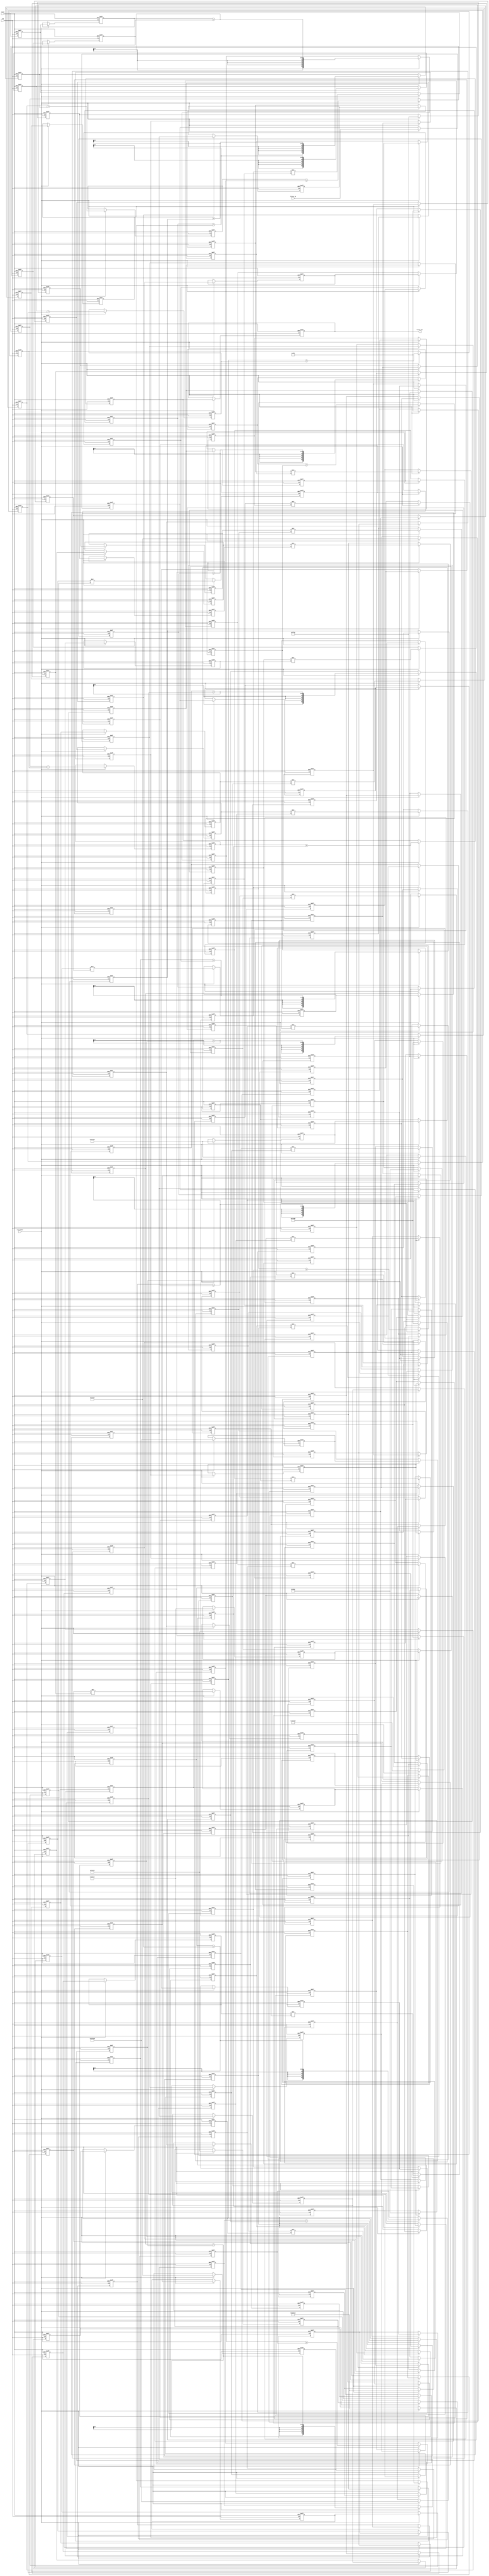
// -------------------------------------------------------------
//
// Module: fir_20_24b_2p
// Generated by MATLAB(R) 9.12 and Filter Design HDL Coder 3.1.11.
// Generated on: 2023-06-21 23:48:36
// -------------------------------------------------------------

// -------------------------------------------------------------
// HDL Code Generation Options:
//
// FIRAdderStyle: tree
// MultiplierInputPipeline: 2
// MultiplierOutputPipeline: 2
// OptimizeForHDL: on
// TargetDirectory: W:\Nikos\UTh\ \Project\FIR_20_Order\multiplier_2_pipeline\24b_fixed_point
// AddPipelineRegisters: on
// Name: fir_20_24b_2p
// InputDataType: numerictype(1,24,0)
// TargetLanguage: Verilog
// TestBenchName: fir_20_24b_2p_tb
// TestBenchStimulus: impulse step ramp chirp noise 

// Filter Specifications:
//
// Sample Rate     : 46 kHz
// Response        : Lowpass
// Specification   : N,Fp,Fst,Ap
// Stopband Edge   : 9.6 kHz
// Filter Order    : 20
// Passband Edge   : 8 kHz
// Passband Ripple : 60 dB
// -------------------------------------------------------------

// -------------------------------------------------------------
// HDL Implementation    : Fully parallel
// Folding Factor        : 1
// -------------------------------------------------------------
// Filter Settings:
//
// Discrete-Time FIR Filter (real)
// -------------------------------
// Filter Structure  : Direct-Form FIR
// Filter Length     : 21
// Stable            : Yes
// Linear Phase      : Yes (Type 1)
// Arithmetic        : fixed
// Numerator         : s24,24 -> [-5.000000e-01 5.000000e-01)
// -------------------------------------------------------------




`timescale 1 ns / 1 ns

module fir_20_24b_2p
               (
                clk,
                clk_enable,
                reset,
                filter_in,
                filter_out
                );

  input   clk; 
  input   clk_enable; 
  input   reset; 
  input   signed [23:0] filter_in; //sfix24
  output  signed [52:0] filter_out; //sfix53_En24

////////////////////////////////////////////////////////////////
//Module Architecture: fir_20_24b_2p
////////////////////////////////////////////////////////////////
  // Local Functions
  // Type Definitions
  // Constants
  parameter signed [23:0] coeff1 = 24'b000000000000011001010011; //sfix24_En24
  parameter signed [23:0] coeff2 = 24'b000000000011100000111110; //sfix24_En24
  parameter signed [23:0] coeff3 = 24'b000000001111111100011101; //sfix24_En24
  parameter signed [23:0] coeff4 = 24'b000000110010011111100000; //sfix24_En24
  parameter signed [23:0] coeff5 = 24'b000001111100110100001011; //sfix24_En24
  parameter signed [23:0] coeff6 = 24'b000011111110110000011001; //sfix24_En24
  parameter signed [23:0] coeff7 = 24'b000110111011011100011110; //sfix24_En24
  parameter signed [23:0] coeff8 = 24'b001010011111101000001101; //sfix24_En24
  parameter signed [23:0] coeff9 = 24'b001110000000011111001100; //sfix24_En24
  parameter signed [23:0] coeff10 = 24'b010000100111000000010111; //sfix24_En24
  parameter signed [23:0] coeff11 = 24'b010001100100100110010110; //sfix24_En24
  parameter signed [23:0] coeff12 = 24'b010000100111000000010111; //sfix24_En24
  parameter signed [23:0] coeff13 = 24'b001110000000011111001100; //sfix24_En24
  parameter signed [23:0] coeff14 = 24'b001010011111101000001101; //sfix24_En24
  parameter signed [23:0] coeff15 = 24'b000110111011011100011110; //sfix24_En24
  parameter signed [23:0] coeff16 = 24'b000011111110110000011001; //sfix24_En24
  parameter signed [23:0] coeff17 = 24'b000001111100110100001011; //sfix24_En24
  parameter signed [23:0] coeff18 = 24'b000000110010011111100000; //sfix24_En24
  parameter signed [23:0] coeff19 = 24'b000000001111111100011101; //sfix24_En24
  parameter signed [23:0] coeff20 = 24'b000000000011100000111110; //sfix24_En24
  parameter signed [23:0] coeff21 = 24'b000000000000011001010011; //sfix24_En24

  // Signals
  reg  signed [23:0] delay_pipeline [0:20] ; // sfix24
  wire signed [47:0] product21; // sfix48_En24
  reg  signed [23:0] delay_pipeline_20_under_pipe; // sfix24
  reg  signed [23:0] delay_pipeline_20_under_pipe_1; // sfix24
  reg  signed [23:0] coeff21_pipe; // sfix24_En24
  reg  signed [23:0] coeff21_pipe_1; // sfix24_En24
  reg  signed [47:0] product21_pipe; // sfix48_En24
  reg  signed [47:0] product21_pipe_1; // sfix48_En24
  wire signed [47:0] product20; // sfix48_En24
  reg  signed [23:0] delay_pipeline_19_under_pipe; // sfix24
  reg  signed [23:0] delay_pipeline_19_under_pipe_1; // sfix24
  reg  signed [23:0] coeff20_pipe; // sfix24_En24
  reg  signed [23:0] coeff20_pipe_1; // sfix24_En24
  reg  signed [47:0] product20_pipe; // sfix48_En24
  reg  signed [47:0] product20_pipe_1; // sfix48_En24
  wire signed [47:0] product19; // sfix48_En24
  reg  signed [23:0] delay_pipeline_18_under_pipe; // sfix24
  reg  signed [23:0] delay_pipeline_18_under_pipe_1; // sfix24
  reg  signed [23:0] coeff19_pipe; // sfix24_En24
  reg  signed [23:0] coeff19_pipe_1; // sfix24_En24
  reg  signed [47:0] product19_pipe; // sfix48_En24
  reg  signed [47:0] product19_pipe_1; // sfix48_En24
  wire signed [47:0] product18; // sfix48_En24
  reg  signed [23:0] delay_pipeline_17_under_pipe; // sfix24
  reg  signed [23:0] delay_pipeline_17_under_pipe_1; // sfix24
  reg  signed [23:0] coeff18_pipe; // sfix24_En24
  reg  signed [23:0] coeff18_pipe_1; // sfix24_En24
  reg  signed [47:0] product18_pipe; // sfix48_En24
  reg  signed [47:0] product18_pipe_1; // sfix48_En24
  wire signed [47:0] product17; // sfix48_En24
  reg  signed [23:0] delay_pipeline_16_under_pipe; // sfix24
  reg  signed [23:0] delay_pipeline_16_under_pipe_1; // sfix24
  reg  signed [23:0] coeff17_pipe; // sfix24_En24
  reg  signed [23:0] coeff17_pipe_1; // sfix24_En24
  reg  signed [47:0] product17_pipe; // sfix48_En24
  reg  signed [47:0] product17_pipe_1; // sfix48_En24
  wire signed [47:0] product16; // sfix48_En24
  reg  signed [23:0] delay_pipeline_15_under_pipe; // sfix24
  reg  signed [23:0] delay_pipeline_15_under_pipe_1; // sfix24
  reg  signed [23:0] coeff16_pipe; // sfix24_En24
  reg  signed [23:0] coeff16_pipe_1; // sfix24_En24
  reg  signed [47:0] product16_pipe; // sfix48_En24
  reg  signed [47:0] product16_pipe_1; // sfix48_En24
  wire signed [47:0] product15; // sfix48_En24
  reg  signed [23:0] delay_pipeline_14_under_pipe; // sfix24
  reg  signed [23:0] delay_pipeline_14_under_pipe_1; // sfix24
  reg  signed [23:0] coeff15_pipe; // sfix24_En24
  reg  signed [23:0] coeff15_pipe_1; // sfix24_En24
  reg  signed [47:0] product15_pipe; // sfix48_En24
  reg  signed [47:0] product15_pipe_1; // sfix48_En24
  wire signed [47:0] product14; // sfix48_En24
  reg  signed [23:0] delay_pipeline_13_under_pipe; // sfix24
  reg  signed [23:0] delay_pipeline_13_under_pipe_1; // sfix24
  reg  signed [23:0] coeff14_pipe; // sfix24_En24
  reg  signed [23:0] coeff14_pipe_1; // sfix24_En24
  reg  signed [47:0] product14_pipe; // sfix48_En24
  reg  signed [47:0] product14_pipe_1; // sfix48_En24
  wire signed [47:0] product13; // sfix48_En24
  reg  signed [23:0] delay_pipeline_12_under_pipe; // sfix24
  reg  signed [23:0] delay_pipeline_12_under_pipe_1; // sfix24
  reg  signed [23:0] coeff13_pipe; // sfix24_En24
  reg  signed [23:0] coeff13_pipe_1; // sfix24_En24
  reg  signed [47:0] product13_pipe; // sfix48_En24
  reg  signed [47:0] product13_pipe_1; // sfix48_En24
  wire signed [47:0] product12; // sfix48_En24
  reg  signed [23:0] delay_pipeline_11_under_pipe; // sfix24
  reg  signed [23:0] delay_pipeline_11_under_pipe_1; // sfix24
  reg  signed [23:0] coeff12_pipe; // sfix24_En24
  reg  signed [23:0] coeff12_pipe_1; // sfix24_En24
  reg  signed [47:0] product12_pipe; // sfix48_En24
  reg  signed [47:0] product12_pipe_1; // sfix48_En24
  wire signed [47:0] product11; // sfix48_En24
  reg  signed [23:0] delay_pipeline_10_under_pipe; // sfix24
  reg  signed [23:0] delay_pipeline_10_under_pipe_1; // sfix24
  reg  signed [23:0] coeff11_pipe; // sfix24_En24
  reg  signed [23:0] coeff11_pipe_1; // sfix24_En24
  reg  signed [47:0] product11_pipe; // sfix48_En24
  reg  signed [47:0] product11_pipe_1; // sfix48_En24
  wire signed [47:0] product10; // sfix48_En24
  reg  signed [23:0] delay_pipeline_9_under_pipe; // sfix24
  reg  signed [23:0] delay_pipeline_9_under_pipe_1; // sfix24
  reg  signed [23:0] coeff10_pipe; // sfix24_En24
  reg  signed [23:0] coeff10_pipe_1; // sfix24_En24
  reg  signed [47:0] product10_pipe; // sfix48_En24
  reg  signed [47:0] product10_pipe_1; // sfix48_En24
  wire signed [47:0] product9; // sfix48_En24
  reg  signed [23:0] delay_pipeline_8_under_pipe; // sfix24
  reg  signed [23:0] delay_pipeline_8_under_pipe_1; // sfix24
  reg  signed [23:0] coeff9_pipe; // sfix24_En24
  reg  signed [23:0] coeff9_pipe_1; // sfix24_En24
  reg  signed [47:0] product9_pipe; // sfix48_En24
  reg  signed [47:0] product9_pipe_1; // sfix48_En24
  wire signed [47:0] product8; // sfix48_En24
  reg  signed [23:0] delay_pipeline_7_under_pipe; // sfix24
  reg  signed [23:0] delay_pipeline_7_under_pipe_1; // sfix24
  reg  signed [23:0] coeff8_pipe; // sfix24_En24
  reg  signed [23:0] coeff8_pipe_1; // sfix24_En24
  reg  signed [47:0] product8_pipe; // sfix48_En24
  reg  signed [47:0] product8_pipe_1; // sfix48_En24
  wire signed [47:0] product7; // sfix48_En24
  reg  signed [23:0] delay_pipeline_6_under_pipe; // sfix24
  reg  signed [23:0] delay_pipeline_6_under_pipe_1; // sfix24
  reg  signed [23:0] coeff7_pipe; // sfix24_En24
  reg  signed [23:0] coeff7_pipe_1; // sfix24_En24
  reg  signed [47:0] product7_pipe; // sfix48_En24
  reg  signed [47:0] product7_pipe_1; // sfix48_En24
  wire signed [47:0] product6; // sfix48_En24
  reg  signed [23:0] delay_pipeline_5_under_pipe; // sfix24
  reg  signed [23:0] delay_pipeline_5_under_pipe_1; // sfix24
  reg  signed [23:0] coeff6_pipe; // sfix24_En24
  reg  signed [23:0] coeff6_pipe_1; // sfix24_En24
  reg  signed [47:0] product6_pipe; // sfix48_En24
  reg  signed [47:0] product6_pipe_1; // sfix48_En24
  wire signed [47:0] product5; // sfix48_En24
  reg  signed [23:0] delay_pipeline_4_under_pipe; // sfix24
  reg  signed [23:0] delay_pipeline_4_under_pipe_1; // sfix24
  reg  signed [23:0] coeff5_pipe; // sfix24_En24
  reg  signed [23:0] coeff5_pipe_1; // sfix24_En24
  reg  signed [47:0] product5_pipe; // sfix48_En24
  reg  signed [47:0] product5_pipe_1; // sfix48_En24
  wire signed [47:0] product4; // sfix48_En24
  reg  signed [23:0] delay_pipeline_3_under_pipe; // sfix24
  reg  signed [23:0] delay_pipeline_3_under_pipe_1; // sfix24
  reg  signed [23:0] coeff4_pipe; // sfix24_En24
  reg  signed [23:0] coeff4_pipe_1; // sfix24_En24
  reg  signed [47:0] product4_pipe; // sfix48_En24
  reg  signed [47:0] product4_pipe_1; // sfix48_En24
  wire signed [47:0] product3; // sfix48_En24
  reg  signed [23:0] delay_pipeline_2_under_pipe; // sfix24
  reg  signed [23:0] delay_pipeline_2_under_pipe_1; // sfix24
  reg  signed [23:0] coeff3_pipe; // sfix24_En24
  reg  signed [23:0] coeff3_pipe_1; // sfix24_En24
  reg  signed [47:0] product3_pipe; // sfix48_En24
  reg  signed [47:0] product3_pipe_1; // sfix48_En24
  wire signed [47:0] product2; // sfix48_En24
  reg  signed [23:0] delay_pipeline_1_under_pipe; // sfix24
  reg  signed [23:0] delay_pipeline_1_under_pipe_1; // sfix24
  reg  signed [23:0] coeff2_pipe; // sfix24_En24
  reg  signed [23:0] coeff2_pipe_1; // sfix24_En24
  reg  signed [47:0] product2_pipe; // sfix48_En24
  reg  signed [47:0] product2_pipe_1; // sfix48_En24
  wire signed [47:0] product1; // sfix48_En24
  reg  signed [23:0] delay_pipeline_0_under_pipe; // sfix24
  reg  signed [23:0] delay_pipeline_0_under_pipe_1; // sfix24
  reg  signed [23:0] coeff1_pipe; // sfix24_En24
  reg  signed [23:0] coeff1_pipe_1; // sfix24_En24
  reg  signed [47:0] product1_pipe; // sfix48_En24
  reg  signed [47:0] product1_pipe_1; // sfix48_En24
  wire signed [52:0] sum_final; // sfix53_En24
  wire signed [52:0] sum1_1; // sfix53_En24
  wire signed [47:0] add_signext; // sfix48_En24
  wire signed [47:0] add_signext_1; // sfix48_En24
  wire signed [48:0] add_temp; // sfix49_En24
  reg  signed [52:0] sumpipe1_1; // sfix53_En24
  wire signed [52:0] sum1_2; // sfix53_En24
  wire signed [47:0] add_signext_2; // sfix48_En24
  wire signed [47:0] add_signext_3; // sfix48_En24
  wire signed [48:0] add_temp_1; // sfix49_En24
  reg  signed [52:0] sumpipe1_2; // sfix53_En24
  wire signed [52:0] sum1_3; // sfix53_En24
  wire signed [47:0] add_signext_4; // sfix48_En24
  wire signed [47:0] add_signext_5; // sfix48_En24
  wire signed [48:0] add_temp_2; // sfix49_En24
  reg  signed [52:0] sumpipe1_3; // sfix53_En24
  wire signed [52:0] sum1_4; // sfix53_En24
  wire signed [47:0] add_signext_6; // sfix48_En24
  wire signed [47:0] add_signext_7; // sfix48_En24
  wire signed [48:0] add_temp_3; // sfix49_En24
  reg  signed [52:0] sumpipe1_4; // sfix53_En24
  wire signed [52:0] sum1_5; // sfix53_En24
  wire signed [47:0] add_signext_8; // sfix48_En24
  wire signed [47:0] add_signext_9; // sfix48_En24
  wire signed [48:0] add_temp_4; // sfix49_En24
  reg  signed [52:0] sumpipe1_5; // sfix53_En24
  wire signed [52:0] sum1_6; // sfix53_En24
  wire signed [47:0] add_signext_10; // sfix48_En24
  wire signed [47:0] add_signext_11; // sfix48_En24
  wire signed [48:0] add_temp_5; // sfix49_En24
  reg  signed [52:0] sumpipe1_6; // sfix53_En24
  wire signed [52:0] sum1_7; // sfix53_En24
  wire signed [47:0] add_signext_12; // sfix48_En24
  wire signed [47:0] add_signext_13; // sfix48_En24
  wire signed [48:0] add_temp_6; // sfix49_En24
  reg  signed [52:0] sumpipe1_7; // sfix53_En24
  wire signed [52:0] sum1_8; // sfix53_En24
  wire signed [47:0] add_signext_14; // sfix48_En24
  wire signed [47:0] add_signext_15; // sfix48_En24
  wire signed [48:0] add_temp_7; // sfix49_En24
  reg  signed [52:0] sumpipe1_8; // sfix53_En24
  wire signed [52:0] sum1_9; // sfix53_En24
  wire signed [47:0] add_signext_16; // sfix48_En24
  wire signed [47:0] add_signext_17; // sfix48_En24
  wire signed [48:0] add_temp_8; // sfix49_En24
  reg  signed [52:0] sumpipe1_9; // sfix53_En24
  wire signed [52:0] sum1_10; // sfix53_En24
  wire signed [47:0] add_signext_18; // sfix48_En24
  wire signed [47:0] add_signext_19; // sfix48_En24
  wire signed [48:0] add_temp_9; // sfix49_En24
  reg  signed [52:0] sumpipe1_10; // sfix53_En24
  reg  signed [47:0] sumpipe1_11; // sfix48_En24
  wire signed [52:0] sum2_1; // sfix53_En24
  wire signed [52:0] add_signext_20; // sfix53_En24
  wire signed [52:0] add_signext_21; // sfix53_En24
  wire signed [53:0] add_temp_10; // sfix54_En24
  reg  signed [52:0] sumpipe2_1; // sfix53_En24
  wire signed [52:0] sum2_2; // sfix53_En24
  wire signed [52:0] add_signext_22; // sfix53_En24
  wire signed [52:0] add_signext_23; // sfix53_En24
  wire signed [53:0] add_temp_11; // sfix54_En24
  reg  signed [52:0] sumpipe2_2; // sfix53_En24
  wire signed [52:0] sum2_3; // sfix53_En24
  wire signed [52:0] add_signext_24; // sfix53_En24
  wire signed [52:0] add_signext_25; // sfix53_En24
  wire signed [53:0] add_temp_12; // sfix54_En24
  reg  signed [52:0] sumpipe2_3; // sfix53_En24
  wire signed [52:0] sum2_4; // sfix53_En24
  wire signed [52:0] add_signext_26; // sfix53_En24
  wire signed [52:0] add_signext_27; // sfix53_En24
  wire signed [53:0] add_temp_13; // sfix54_En24
  reg  signed [52:0] sumpipe2_4; // sfix53_En24
  wire signed [52:0] sum2_5; // sfix53_En24
  wire signed [52:0] add_signext_28; // sfix53_En24
  wire signed [52:0] add_signext_29; // sfix53_En24
  wire signed [53:0] add_temp_14; // sfix54_En24
  reg  signed [52:0] sumpipe2_5; // sfix53_En24
  reg  signed [47:0] sumpipe2_6; // sfix48_En24
  wire signed [52:0] sum3_1; // sfix53_En24
  wire signed [52:0] add_signext_30; // sfix53_En24
  wire signed [52:0] add_signext_31; // sfix53_En24
  wire signed [53:0] add_temp_15; // sfix54_En24
  reg  signed [52:0] sumpipe3_1; // sfix53_En24
  wire signed [52:0] sum3_2; // sfix53_En24
  wire signed [52:0] add_signext_32; // sfix53_En24
  wire signed [52:0] add_signext_33; // sfix53_En24
  wire signed [53:0] add_temp_16; // sfix54_En24
  reg  signed [52:0] sumpipe3_2; // sfix53_En24
  wire signed [52:0] sum3_3; // sfix53_En24
  wire signed [52:0] add_signext_34; // sfix53_En24
  wire signed [52:0] add_signext_35; // sfix53_En24
  wire signed [53:0] add_temp_17; // sfix54_En24
  reg  signed [52:0] sumpipe3_3; // sfix53_En24
  wire signed [52:0] sum4_1; // sfix53_En24
  wire signed [52:0] add_signext_36; // sfix53_En24
  wire signed [52:0] add_signext_37; // sfix53_En24
  wire signed [53:0] add_temp_18; // sfix54_En24
  reg  signed [52:0] sumpipe4_1; // sfix53_En24
  reg  signed [52:0] sumpipe4_2; // sfix53_En24
  wire signed [52:0] sum5_1; // sfix53_En24
  wire signed [52:0] add_signext_38; // sfix53_En24
  wire signed [52:0] add_signext_39; // sfix53_En24
  wire signed [53:0] add_temp_19; // sfix54_En24
  reg  signed [52:0] sumpipe5_1; // sfix53_En24
  reg  signed [52:0] output_register; // sfix53_En24

  // Block Statements
  always @( posedge clk or posedge reset)
    begin: Delay_Pipeline_process
      if (reset == 1'b1) begin
        delay_pipeline[0] <= 0;
        delay_pipeline[1] <= 0;
        delay_pipeline[2] <= 0;
        delay_pipeline[3] <= 0;
        delay_pipeline[4] <= 0;
        delay_pipeline[5] <= 0;
        delay_pipeline[6] <= 0;
        delay_pipeline[7] <= 0;
        delay_pipeline[8] <= 0;
        delay_pipeline[9] <= 0;
        delay_pipeline[10] <= 0;
        delay_pipeline[11] <= 0;
        delay_pipeline[12] <= 0;
        delay_pipeline[13] <= 0;
        delay_pipeline[14] <= 0;
        delay_pipeline[15] <= 0;
        delay_pipeline[16] <= 0;
        delay_pipeline[17] <= 0;
        delay_pipeline[18] <= 0;
        delay_pipeline[19] <= 0;
        delay_pipeline[20] <= 0;
      end
      else begin
        if (clk_enable == 1'b1) begin
          delay_pipeline[0] <= filter_in;
          delay_pipeline[1] <= delay_pipeline[0];
          delay_pipeline[2] <= delay_pipeline[1];
          delay_pipeline[3] <= delay_pipeline[2];
          delay_pipeline[4] <= delay_pipeline[3];
          delay_pipeline[5] <= delay_pipeline[4];
          delay_pipeline[6] <= delay_pipeline[5];
          delay_pipeline[7] <= delay_pipeline[6];
          delay_pipeline[8] <= delay_pipeline[7];
          delay_pipeline[9] <= delay_pipeline[8];
          delay_pipeline[10] <= delay_pipeline[9];
          delay_pipeline[11] <= delay_pipeline[10];
          delay_pipeline[12] <= delay_pipeline[11];
          delay_pipeline[13] <= delay_pipeline[12];
          delay_pipeline[14] <= delay_pipeline[13];
          delay_pipeline[15] <= delay_pipeline[14];
          delay_pipeline[16] <= delay_pipeline[15];
          delay_pipeline[17] <= delay_pipeline[16];
          delay_pipeline[18] <= delay_pipeline[17];
          delay_pipeline[19] <= delay_pipeline[18];
          delay_pipeline[20] <= delay_pipeline[19];
        end
      end
    end // Delay_Pipeline_process


  always @ (posedge clk or posedge reset)
    begin: temp_process1
      if (reset == 1'b1) begin
        delay_pipeline_20_under_pipe <= 0;
        delay_pipeline_20_under_pipe_1 <= 0;
        coeff21_pipe <= 0;
        coeff21_pipe_1 <= 0;
        product21_pipe <= 0;
        product21_pipe_1 <= 0;
      end
      else begin
        if (clk_enable == 1'b1) begin
          delay_pipeline_20_under_pipe <= delay_pipeline[20];
          delay_pipeline_20_under_pipe_1 <= delay_pipeline_20_under_pipe;
          coeff21_pipe <= coeff21;
          coeff21_pipe_1 <= coeff21_pipe;

          product21_pipe <= delay_pipeline_20_under_pipe_1 * coeff21_pipe_1;

          product21_pipe_1 <= product21_pipe;
        end
      end
    end // temp_process1

  assign product21 = product21_pipe_1;

  always @ (posedge clk or posedge reset)
    begin: temp_process2
      if (reset == 1'b1) begin
        delay_pipeline_19_under_pipe <= 0;
        delay_pipeline_19_under_pipe_1 <= 0;
        coeff20_pipe <= 0;
        coeff20_pipe_1 <= 0;
        product20_pipe <= 0;
        product20_pipe_1 <= 0;
      end
      else begin
        if (clk_enable == 1'b1) begin
          delay_pipeline_19_under_pipe <= delay_pipeline[19];
          delay_pipeline_19_under_pipe_1 <= delay_pipeline_19_under_pipe;
          coeff20_pipe <= coeff20;
          coeff20_pipe_1 <= coeff20_pipe;

          product20_pipe <= delay_pipeline_19_under_pipe_1 * coeff20_pipe_1;

          product20_pipe_1 <= product20_pipe;
        end
      end
    end // temp_process2

  assign product20 = product20_pipe_1;

  always @ (posedge clk or posedge reset)
    begin: temp_process3
      if (reset == 1'b1) begin
        delay_pipeline_18_under_pipe <= 0;
        delay_pipeline_18_under_pipe_1 <= 0;
        coeff19_pipe <= 0;
        coeff19_pipe_1 <= 0;
        product19_pipe <= 0;
        product19_pipe_1 <= 0;
      end
      else begin
        if (clk_enable == 1'b1) begin
          delay_pipeline_18_under_pipe <= delay_pipeline[18];
          delay_pipeline_18_under_pipe_1 <= delay_pipeline_18_under_pipe;
          coeff19_pipe <= coeff19;
          coeff19_pipe_1 <= coeff19_pipe;

          product19_pipe <= delay_pipeline_18_under_pipe_1 * coeff19_pipe_1;

          product19_pipe_1 <= product19_pipe;
        end
      end
    end // temp_process3

  assign product19 = product19_pipe_1;

  always @ (posedge clk or posedge reset)
    begin: temp_process4
      if (reset == 1'b1) begin
        delay_pipeline_17_under_pipe <= 0;
        delay_pipeline_17_under_pipe_1 <= 0;
        coeff18_pipe <= 0;
        coeff18_pipe_1 <= 0;
        product18_pipe <= 0;
        product18_pipe_1 <= 0;
      end
      else begin
        if (clk_enable == 1'b1) begin
          delay_pipeline_17_under_pipe <= delay_pipeline[17];
          delay_pipeline_17_under_pipe_1 <= delay_pipeline_17_under_pipe;
          coeff18_pipe <= coeff18;
          coeff18_pipe_1 <= coeff18_pipe;

          product18_pipe <= delay_pipeline_17_under_pipe_1 * coeff18_pipe_1;

          product18_pipe_1 <= product18_pipe;
        end
      end
    end // temp_process4

  assign product18 = product18_pipe_1;

  always @ (posedge clk or posedge reset)
    begin: temp_process5
      if (reset == 1'b1) begin
        delay_pipeline_16_under_pipe <= 0;
        delay_pipeline_16_under_pipe_1 <= 0;
        coeff17_pipe <= 0;
        coeff17_pipe_1 <= 0;
        product17_pipe <= 0;
        product17_pipe_1 <= 0;
      end
      else begin
        if (clk_enable == 1'b1) begin
          delay_pipeline_16_under_pipe <= delay_pipeline[16];
          delay_pipeline_16_under_pipe_1 <= delay_pipeline_16_under_pipe;
          coeff17_pipe <= coeff17;
          coeff17_pipe_1 <= coeff17_pipe;

          product17_pipe <= delay_pipeline_16_under_pipe_1 * coeff17_pipe_1;

          product17_pipe_1 <= product17_pipe;
        end
      end
    end // temp_process5

  assign product17 = product17_pipe_1;

  always @ (posedge clk or posedge reset)
    begin: temp_process6
      if (reset == 1'b1) begin
        delay_pipeline_15_under_pipe <= 0;
        delay_pipeline_15_under_pipe_1 <= 0;
        coeff16_pipe <= 0;
        coeff16_pipe_1 <= 0;
        product16_pipe <= 0;
        product16_pipe_1 <= 0;
      end
      else begin
        if (clk_enable == 1'b1) begin
          delay_pipeline_15_under_pipe <= delay_pipeline[15];
          delay_pipeline_15_under_pipe_1 <= delay_pipeline_15_under_pipe;
          coeff16_pipe <= coeff16;
          coeff16_pipe_1 <= coeff16_pipe;

          product16_pipe <= delay_pipeline_15_under_pipe_1 * coeff16_pipe_1;

          product16_pipe_1 <= product16_pipe;
        end
      end
    end // temp_process6

  assign product16 = product16_pipe_1;

  always @ (posedge clk or posedge reset)
    begin: temp_process7
      if (reset == 1'b1) begin
        delay_pipeline_14_under_pipe <= 0;
        delay_pipeline_14_under_pipe_1 <= 0;
        coeff15_pipe <= 0;
        coeff15_pipe_1 <= 0;
        product15_pipe <= 0;
        product15_pipe_1 <= 0;
      end
      else begin
        if (clk_enable == 1'b1) begin
          delay_pipeline_14_under_pipe <= delay_pipeline[14];
          delay_pipeline_14_under_pipe_1 <= delay_pipeline_14_under_pipe;
          coeff15_pipe <= coeff15;
          coeff15_pipe_1 <= coeff15_pipe;

          product15_pipe <= delay_pipeline_14_under_pipe_1 * coeff15_pipe_1;

          product15_pipe_1 <= product15_pipe;
        end
      end
    end // temp_process7

  assign product15 = product15_pipe_1;

  always @ (posedge clk or posedge reset)
    begin: temp_process8
      if (reset == 1'b1) begin
        delay_pipeline_13_under_pipe <= 0;
        delay_pipeline_13_under_pipe_1 <= 0;
        coeff14_pipe <= 0;
        coeff14_pipe_1 <= 0;
        product14_pipe <= 0;
        product14_pipe_1 <= 0;
      end
      else begin
        if (clk_enable == 1'b1) begin
          delay_pipeline_13_under_pipe <= delay_pipeline[13];
          delay_pipeline_13_under_pipe_1 <= delay_pipeline_13_under_pipe;
          coeff14_pipe <= coeff14;
          coeff14_pipe_1 <= coeff14_pipe;

          product14_pipe <= delay_pipeline_13_under_pipe_1 * coeff14_pipe_1;

          product14_pipe_1 <= product14_pipe;
        end
      end
    end // temp_process8

  assign product14 = product14_pipe_1;

  always @ (posedge clk or posedge reset)
    begin: temp_process9
      if (reset == 1'b1) begin
        delay_pipeline_12_under_pipe <= 0;
        delay_pipeline_12_under_pipe_1 <= 0;
        coeff13_pipe <= 0;
        coeff13_pipe_1 <= 0;
        product13_pipe <= 0;
        product13_pipe_1 <= 0;
      end
      else begin
        if (clk_enable == 1'b1) begin
          delay_pipeline_12_under_pipe <= delay_pipeline[12];
          delay_pipeline_12_under_pipe_1 <= delay_pipeline_12_under_pipe;
          coeff13_pipe <= coeff13;
          coeff13_pipe_1 <= coeff13_pipe;

          product13_pipe <= delay_pipeline_12_under_pipe_1 * coeff13_pipe_1;

          product13_pipe_1 <= product13_pipe;
        end
      end
    end // temp_process9

  assign product13 = product13_pipe_1;

  always @ (posedge clk or posedge reset)
    begin: temp_process10
      if (reset == 1'b1) begin
        delay_pipeline_11_under_pipe <= 0;
        delay_pipeline_11_under_pipe_1 <= 0;
        coeff12_pipe <= 0;
        coeff12_pipe_1 <= 0;
        product12_pipe <= 0;
        product12_pipe_1 <= 0;
      end
      else begin
        if (clk_enable == 1'b1) begin
          delay_pipeline_11_under_pipe <= delay_pipeline[11];
          delay_pipeline_11_under_pipe_1 <= delay_pipeline_11_under_pipe;
          coeff12_pipe <= coeff12;
          coeff12_pipe_1 <= coeff12_pipe;

          product12_pipe <= delay_pipeline_11_under_pipe_1 * coeff12_pipe_1;

          product12_pipe_1 <= product12_pipe;
        end
      end
    end // temp_process10

  assign product12 = product12_pipe_1;

  always @ (posedge clk or posedge reset)
    begin: temp_process11
      if (reset == 1'b1) begin
        delay_pipeline_10_under_pipe <= 0;
        delay_pipeline_10_under_pipe_1 <= 0;
        coeff11_pipe <= 0;
        coeff11_pipe_1 <= 0;
        product11_pipe <= 0;
        product11_pipe_1 <= 0;
      end
      else begin
        if (clk_enable == 1'b1) begin
          delay_pipeline_10_under_pipe <= delay_pipeline[10];
          delay_pipeline_10_under_pipe_1 <= delay_pipeline_10_under_pipe;
          coeff11_pipe <= coeff11;
          coeff11_pipe_1 <= coeff11_pipe;

          product11_pipe <= delay_pipeline_10_under_pipe_1 * coeff11_pipe_1;

          product11_pipe_1 <= product11_pipe;
        end
      end
    end // temp_process11

  assign product11 = product11_pipe_1;

  always @ (posedge clk or posedge reset)
    begin: temp_process12
      if (reset == 1'b1) begin
        delay_pipeline_9_under_pipe <= 0;
        delay_pipeline_9_under_pipe_1 <= 0;
        coeff10_pipe <= 0;
        coeff10_pipe_1 <= 0;
        product10_pipe <= 0;
        product10_pipe_1 <= 0;
      end
      else begin
        if (clk_enable == 1'b1) begin
          delay_pipeline_9_under_pipe <= delay_pipeline[9];
          delay_pipeline_9_under_pipe_1 <= delay_pipeline_9_under_pipe;
          coeff10_pipe <= coeff10;
          coeff10_pipe_1 <= coeff10_pipe;

          product10_pipe <= delay_pipeline_9_under_pipe_1 * coeff10_pipe_1;

          product10_pipe_1 <= product10_pipe;
        end
      end
    end // temp_process12

  assign product10 = product10_pipe_1;

  always @ (posedge clk or posedge reset)
    begin: temp_process13
      if (reset == 1'b1) begin
        delay_pipeline_8_under_pipe <= 0;
        delay_pipeline_8_under_pipe_1 <= 0;
        coeff9_pipe <= 0;
        coeff9_pipe_1 <= 0;
        product9_pipe <= 0;
        product9_pipe_1 <= 0;
      end
      else begin
        if (clk_enable == 1'b1) begin
          delay_pipeline_8_under_pipe <= delay_pipeline[8];
          delay_pipeline_8_under_pipe_1 <= delay_pipeline_8_under_pipe;
          coeff9_pipe <= coeff9;
          coeff9_pipe_1 <= coeff9_pipe;

          product9_pipe <= delay_pipeline_8_under_pipe_1 * coeff9_pipe_1;

          product9_pipe_1 <= product9_pipe;
        end
      end
    end // temp_process13

  assign product9 = product9_pipe_1;

  always @ (posedge clk or posedge reset)
    begin: temp_process14
      if (reset == 1'b1) begin
        delay_pipeline_7_under_pipe <= 0;
        delay_pipeline_7_under_pipe_1 <= 0;
        coeff8_pipe <= 0;
        coeff8_pipe_1 <= 0;
        product8_pipe <= 0;
        product8_pipe_1 <= 0;
      end
      else begin
        if (clk_enable == 1'b1) begin
          delay_pipeline_7_under_pipe <= delay_pipeline[7];
          delay_pipeline_7_under_pipe_1 <= delay_pipeline_7_under_pipe;
          coeff8_pipe <= coeff8;
          coeff8_pipe_1 <= coeff8_pipe;

          product8_pipe <= delay_pipeline_7_under_pipe_1 * coeff8_pipe_1;

          product8_pipe_1 <= product8_pipe;
        end
      end
    end // temp_process14

  assign product8 = product8_pipe_1;

  always @ (posedge clk or posedge reset)
    begin: temp_process15
      if (reset == 1'b1) begin
        delay_pipeline_6_under_pipe <= 0;
        delay_pipeline_6_under_pipe_1 <= 0;
        coeff7_pipe <= 0;
        coeff7_pipe_1 <= 0;
        product7_pipe <= 0;
        product7_pipe_1 <= 0;
      end
      else begin
        if (clk_enable == 1'b1) begin
          delay_pipeline_6_under_pipe <= delay_pipeline[6];
          delay_pipeline_6_under_pipe_1 <= delay_pipeline_6_under_pipe;
          coeff7_pipe <= coeff7;
          coeff7_pipe_1 <= coeff7_pipe;

          product7_pipe <= delay_pipeline_6_under_pipe_1 * coeff7_pipe_1;

          product7_pipe_1 <= product7_pipe;
        end
      end
    end // temp_process15

  assign product7 = product7_pipe_1;

  always @ (posedge clk or posedge reset)
    begin: temp_process16
      if (reset == 1'b1) begin
        delay_pipeline_5_under_pipe <= 0;
        delay_pipeline_5_under_pipe_1 <= 0;
        coeff6_pipe <= 0;
        coeff6_pipe_1 <= 0;
        product6_pipe <= 0;
        product6_pipe_1 <= 0;
      end
      else begin
        if (clk_enable == 1'b1) begin
          delay_pipeline_5_under_pipe <= delay_pipeline[5];
          delay_pipeline_5_under_pipe_1 <= delay_pipeline_5_under_pipe;
          coeff6_pipe <= coeff6;
          coeff6_pipe_1 <= coeff6_pipe;

          product6_pipe <= delay_pipeline_5_under_pipe_1 * coeff6_pipe_1;

          product6_pipe_1 <= product6_pipe;
        end
      end
    end // temp_process16

  assign product6 = product6_pipe_1;

  always @ (posedge clk or posedge reset)
    begin: temp_process17
      if (reset == 1'b1) begin
        delay_pipeline_4_under_pipe <= 0;
        delay_pipeline_4_under_pipe_1 <= 0;
        coeff5_pipe <= 0;
        coeff5_pipe_1 <= 0;
        product5_pipe <= 0;
        product5_pipe_1 <= 0;
      end
      else begin
        if (clk_enable == 1'b1) begin
          delay_pipeline_4_under_pipe <= delay_pipeline[4];
          delay_pipeline_4_under_pipe_1 <= delay_pipeline_4_under_pipe;
          coeff5_pipe <= coeff5;
          coeff5_pipe_1 <= coeff5_pipe;

          product5_pipe <= delay_pipeline_4_under_pipe_1 * coeff5_pipe_1;

          product5_pipe_1 <= product5_pipe;
        end
      end
    end // temp_process17

  assign product5 = product5_pipe_1;

  always @ (posedge clk or posedge reset)
    begin: temp_process18
      if (reset == 1'b1) begin
        delay_pipeline_3_under_pipe <= 0;
        delay_pipeline_3_under_pipe_1 <= 0;
        coeff4_pipe <= 0;
        coeff4_pipe_1 <= 0;
        product4_pipe <= 0;
        product4_pipe_1 <= 0;
      end
      else begin
        if (clk_enable == 1'b1) begin
          delay_pipeline_3_under_pipe <= delay_pipeline[3];
          delay_pipeline_3_under_pipe_1 <= delay_pipeline_3_under_pipe;
          coeff4_pipe <= coeff4;
          coeff4_pipe_1 <= coeff4_pipe;

          product4_pipe <= delay_pipeline_3_under_pipe_1 * coeff4_pipe_1;

          product4_pipe_1 <= product4_pipe;
        end
      end
    end // temp_process18

  assign product4 = product4_pipe_1;

  always @ (posedge clk or posedge reset)
    begin: temp_process19
      if (reset == 1'b1) begin
        delay_pipeline_2_under_pipe <= 0;
        delay_pipeline_2_under_pipe_1 <= 0;
        coeff3_pipe <= 0;
        coeff3_pipe_1 <= 0;
        product3_pipe <= 0;
        product3_pipe_1 <= 0;
      end
      else begin
        if (clk_enable == 1'b1) begin
          delay_pipeline_2_under_pipe <= delay_pipeline[2];
          delay_pipeline_2_under_pipe_1 <= delay_pipeline_2_under_pipe;
          coeff3_pipe <= coeff3;
          coeff3_pipe_1 <= coeff3_pipe;

          product3_pipe <= delay_pipeline_2_under_pipe_1 * coeff3_pipe_1;

          product3_pipe_1 <= product3_pipe;
        end
      end
    end // temp_process19

  assign product3 = product3_pipe_1;

  always @ (posedge clk or posedge reset)
    begin: temp_process20
      if (reset == 1'b1) begin
        delay_pipeline_1_under_pipe <= 0;
        delay_pipeline_1_under_pipe_1 <= 0;
        coeff2_pipe <= 0;
        coeff2_pipe_1 <= 0;
        product2_pipe <= 0;
        product2_pipe_1 <= 0;
      end
      else begin
        if (clk_enable == 1'b1) begin
          delay_pipeline_1_under_pipe <= delay_pipeline[1];
          delay_pipeline_1_under_pipe_1 <= delay_pipeline_1_under_pipe;
          coeff2_pipe <= coeff2;
          coeff2_pipe_1 <= coeff2_pipe;

          product2_pipe <= delay_pipeline_1_under_pipe_1 * coeff2_pipe_1;

          product2_pipe_1 <= product2_pipe;
        end
      end
    end // temp_process20

  assign product2 = product2_pipe_1;

  always @ (posedge clk or posedge reset)
    begin: temp_process21
      if (reset == 1'b1) begin
        delay_pipeline_0_under_pipe <= 0;
        delay_pipeline_0_under_pipe_1 <= 0;
        coeff1_pipe <= 0;
        coeff1_pipe_1 <= 0;
        product1_pipe <= 0;
        product1_pipe_1 <= 0;
      end
      else begin
        if (clk_enable == 1'b1) begin
          delay_pipeline_0_under_pipe <= delay_pipeline[0];
          delay_pipeline_0_under_pipe_1 <= delay_pipeline_0_under_pipe;
          coeff1_pipe <= coeff1;
          coeff1_pipe_1 <= coeff1_pipe;

          product1_pipe <= delay_pipeline_0_under_pipe_1 * coeff1_pipe_1;

          product1_pipe_1 <= product1_pipe;
        end
      end
    end // temp_process21

  assign product1 = product1_pipe_1;

  assign add_signext = product21;
  assign add_signext_1 = product20;
  assign add_temp = add_signext + add_signext_1;
  assign sum1_1 = $signed({{4{add_temp[48]}}, add_temp});

  assign add_signext_2 = product19;
  assign add_signext_3 = product18;
  assign add_temp_1 = add_signext_2 + add_signext_3;
  assign sum1_2 = $signed({{4{add_temp_1[48]}}, add_temp_1});

  assign add_signext_4 = product17;
  assign add_signext_5 = product16;
  assign add_temp_2 = add_signext_4 + add_signext_5;
  assign sum1_3 = $signed({{4{add_temp_2[48]}}, add_temp_2});

  assign add_signext_6 = product15;
  assign add_signext_7 = product14;
  assign add_temp_3 = add_signext_6 + add_signext_7;
  assign sum1_4 = $signed({{4{add_temp_3[48]}}, add_temp_3});

  assign add_signext_8 = product13;
  assign add_signext_9 = product12;
  assign add_temp_4 = add_signext_8 + add_signext_9;
  assign sum1_5 = $signed({{4{add_temp_4[48]}}, add_temp_4});

  assign add_signext_10 = product11;
  assign add_signext_11 = product10;
  assign add_temp_5 = add_signext_10 + add_signext_11;
  assign sum1_6 = $signed({{4{add_temp_5[48]}}, add_temp_5});

  assign add_signext_12 = product9;
  assign add_signext_13 = product8;
  assign add_temp_6 = add_signext_12 + add_signext_13;
  assign sum1_7 = $signed({{4{add_temp_6[48]}}, add_temp_6});

  assign add_signext_14 = product7;
  assign add_signext_15 = product6;
  assign add_temp_7 = add_signext_14 + add_signext_15;
  assign sum1_8 = $signed({{4{add_temp_7[48]}}, add_temp_7});

  assign add_signext_16 = product5;
  assign add_signext_17 = product4;
  assign add_temp_8 = add_signext_16 + add_signext_17;
  assign sum1_9 = $signed({{4{add_temp_8[48]}}, add_temp_8});

  assign add_signext_18 = product3;
  assign add_signext_19 = product2;
  assign add_temp_9 = add_signext_18 + add_signext_19;
  assign sum1_10 = $signed({{4{add_temp_9[48]}}, add_temp_9});

  always @ (posedge clk or posedge reset)
    begin: temp_process22
      if (reset == 1'b1) begin
        sumpipe1_1 <= 0;
        sumpipe1_2 <= 0;
        sumpipe1_3 <= 0;
        sumpipe1_4 <= 0;
        sumpipe1_5 <= 0;
        sumpipe1_6 <= 0;
        sumpipe1_7 <= 0;
        sumpipe1_8 <= 0;
        sumpipe1_9 <= 0;
        sumpipe1_10 <= 0;
        sumpipe1_11 <= 0;
      end
      else begin
        if (clk_enable == 1'b1) begin
          sumpipe1_1 <= sum1_1;
          sumpipe1_2 <= sum1_2;
          sumpipe1_3 <= sum1_3;
          sumpipe1_4 <= sum1_4;
          sumpipe1_5 <= sum1_5;
          sumpipe1_6 <= sum1_6;
          sumpipe1_7 <= sum1_7;
          sumpipe1_8 <= sum1_8;
          sumpipe1_9 <= sum1_9;
          sumpipe1_10 <= sum1_10;
          sumpipe1_11 <= product1;
        end
      end
    end // temp_process22

  assign add_signext_20 = sumpipe1_1;
  assign add_signext_21 = sumpipe1_2;
  assign add_temp_10 = add_signext_20 + add_signext_21;
  assign sum2_1 = add_temp_10[52:0];

  assign add_signext_22 = sumpipe1_3;
  assign add_signext_23 = sumpipe1_4;
  assign add_temp_11 = add_signext_22 + add_signext_23;
  assign sum2_2 = add_temp_11[52:0];

  assign add_signext_24 = sumpipe1_5;
  assign add_signext_25 = sumpipe1_6;
  assign add_temp_12 = add_signext_24 + add_signext_25;
  assign sum2_3 = add_temp_12[52:0];

  assign add_signext_26 = sumpipe1_7;
  assign add_signext_27 = sumpipe1_8;
  assign add_temp_13 = add_signext_26 + add_signext_27;
  assign sum2_4 = add_temp_13[52:0];

  assign add_signext_28 = sumpipe1_9;
  assign add_signext_29 = sumpipe1_10;
  assign add_temp_14 = add_signext_28 + add_signext_29;
  assign sum2_5 = add_temp_14[52:0];

  always @ (posedge clk or posedge reset)
    begin: temp_process23
      if (reset == 1'b1) begin
        sumpipe2_1 <= 0;
        sumpipe2_2 <= 0;
        sumpipe2_3 <= 0;
        sumpipe2_4 <= 0;
        sumpipe2_5 <= 0;
        sumpipe2_6 <= 0;
      end
      else begin
        if (clk_enable == 1'b1) begin
          sumpipe2_1 <= sum2_1;
          sumpipe2_2 <= sum2_2;
          sumpipe2_3 <= sum2_3;
          sumpipe2_4 <= sum2_4;
          sumpipe2_5 <= sum2_5;
          sumpipe2_6 <= sumpipe1_11;
        end
      end
    end // temp_process23

  assign add_signext_30 = sumpipe2_1;
  assign add_signext_31 = sumpipe2_2;
  assign add_temp_15 = add_signext_30 + add_signext_31;
  assign sum3_1 = add_temp_15[52:0];

  assign add_signext_32 = sumpipe2_3;
  assign add_signext_33 = sumpipe2_4;
  assign add_temp_16 = add_signext_32 + add_signext_33;
  assign sum3_2 = add_temp_16[52:0];

  assign add_signext_34 = sumpipe2_5;
  assign add_signext_35 = $signed({{5{sumpipe2_6[47]}}, sumpipe2_6});
  assign add_temp_17 = add_signext_34 + add_signext_35;
  assign sum3_3 = add_temp_17[52:0];

  always @ (posedge clk or posedge reset)
    begin: temp_process24
      if (reset == 1'b1) begin
        sumpipe3_1 <= 0;
        sumpipe3_2 <= 0;
        sumpipe3_3 <= 0;
      end
      else begin
        if (clk_enable == 1'b1) begin
          sumpipe3_1 <= sum3_1;
          sumpipe3_2 <= sum3_2;
          sumpipe3_3 <= sum3_3;
        end
      end
    end // temp_process24

  assign add_signext_36 = sumpipe3_1;
  assign add_signext_37 = sumpipe3_2;
  assign add_temp_18 = add_signext_36 + add_signext_37;
  assign sum4_1 = add_temp_18[52:0];

  always @ (posedge clk or posedge reset)
    begin: temp_process25
      if (reset == 1'b1) begin
        sumpipe4_1 <= 0;
        sumpipe4_2 <= 0;
      end
      else begin
        if (clk_enable == 1'b1) begin
          sumpipe4_1 <= sum4_1;
          sumpipe4_2 <= sumpipe3_3;
        end
      end
    end // temp_process25

  assign add_signext_38 = sumpipe4_1;
  assign add_signext_39 = sumpipe4_2;
  assign add_temp_19 = add_signext_38 + add_signext_39;
  assign sum5_1 = add_temp_19[52:0];

  always @ (posedge clk or posedge reset)
    begin: temp_process26
      if (reset == 1'b1) begin
        sumpipe5_1 <= 0;
      end
      else begin
        if (clk_enable == 1'b1) begin
          sumpipe5_1 <= sum5_1;
        end
      end
    end // temp_process26

  assign sum_final = sumpipe5_1;

  always @ (posedge clk or posedge reset)
    begin: Output_Register_process
      if (reset == 1'b1) begin
        output_register <= 0;
      end
      else begin
        if (clk_enable == 1'b1) begin
          output_register <= sum_final;
        end
      end
    end // Output_Register_process

  // Assignment Statements
  assign filter_out = output_register;
endmodule  // fir_20_24b_2p